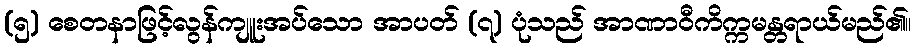
(၅) စေတနာဖြင့်လွန်ကျူးအပ်သော အာပတ် (၇) ပုံသည် အာဏာဝီကိက္ကမန္တရာယ်မည်၏။